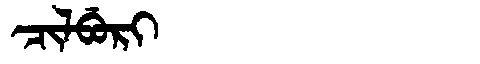
Manchu: ᠴᡳᠯᠪᡠᡵᡳ
Romanization: CILBURI